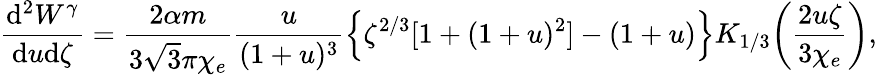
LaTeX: \frac{\mathrm{d}^{2}W^{\gamma}}{\mathrm{d}u\mathrm{d}\zeta}=\frac{2\alpha m}{3\sqrt{3}\pi\chi_{e}}\frac{u}{(1+u)^{3}}\left\{ \zeta^{2/3}[1+(1+u)^{2}]-(1+u)\right\} K_{1/3}\! \left(\frac{2u\zeta}{3\chi_{e}}\right),